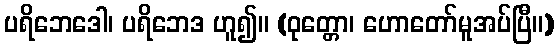
ပရိဘေဒေါ၊ ပရိဘေဒ ဟူ၍။ (ဝုတ္တော၊ ဟောတော်မူအပ်ပြီ။)